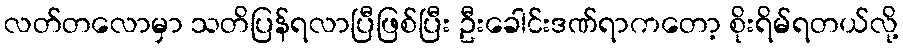
လတ်တလောမှာ သတိပြန်ရလာပြီဖြစ်ပြီး ဦးခေါင်းဒဏ်ရာကတော့ စိုးရိမ်ရတယ်လို့